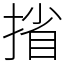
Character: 㨘